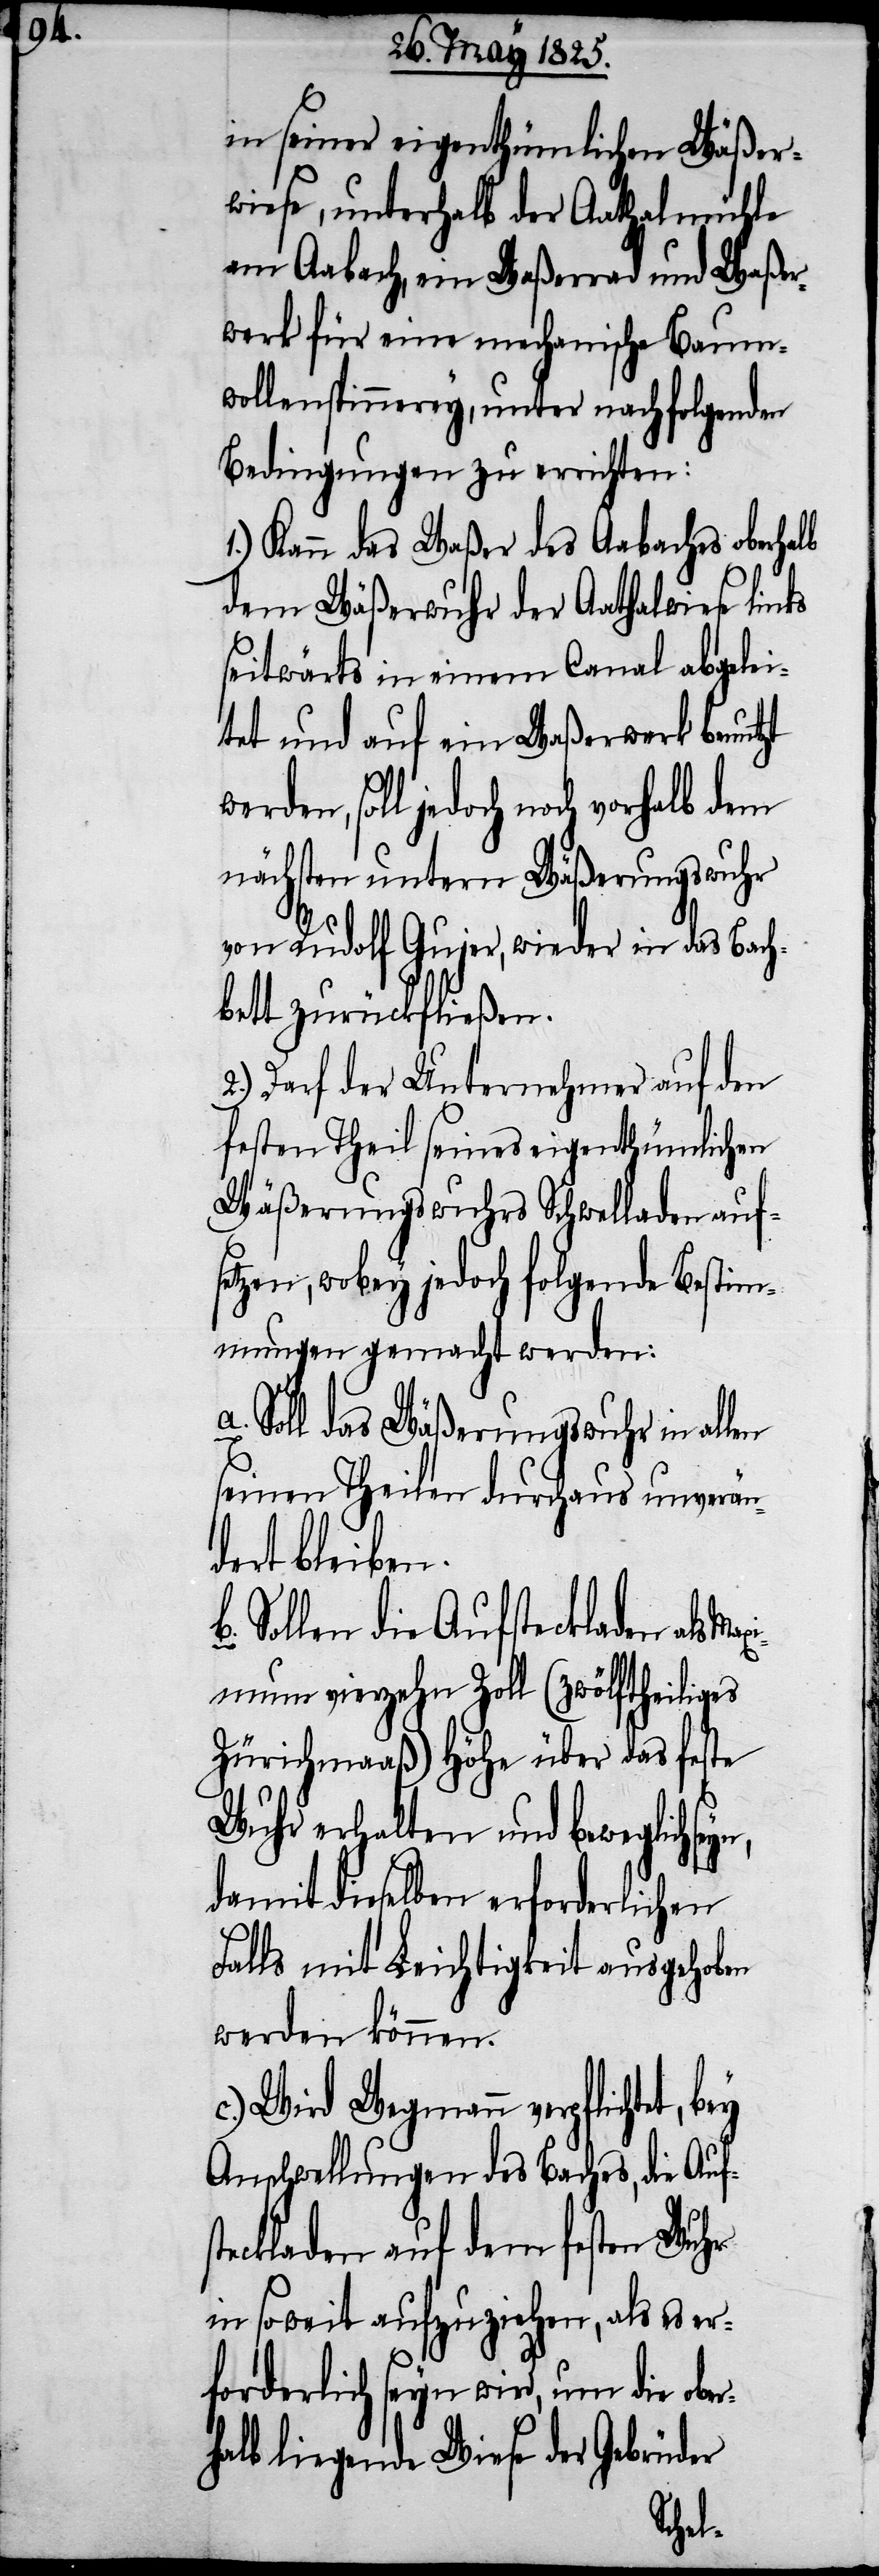
in seiner eigenthümlichen Wäßer¬
wiese, unterhalb der Aathalmühle
am Aabach, ein Waßerrad und Waßer¬
werk für eine mechanische Baum¬
wollspinnerey, unter nachfolgenden
Bedingungen zu errichten:
1.) Kann das Waßer des Aabaches oberhalb
dem Wäßerwuhr der Aathalwiese links
seitwärts in einem Canal abgelei¬
tet und auf ein Waßerwerk benutzt
en, soll jedoch noch vorhalb dem
nächsten untern Wäßerungswuhr
von Rudolf Gujer, wieder in das Bach¬
bett zurückfließen.
2.) Darf der Unternehmer auf den
festen Theil seines eigenthümlichen
Wäßerungswuhrs Schwelladen auf¬
setzen, wobey jedoch folgende Bestim¬
mungen gemacht werden:
Soll das Wäßerungswuhr in allen
seinen Theilen durchaus unverän¬
dert bleiben.
Sollen die Aufsteckladen als M¬
aximum vierzehn Zoll (zwölftheiliges
Zürichmaaß) Höhe über das feste
Wuhr erhalten und beweglich
damit dieselben erforderlichen
Falls mit Leichtigkeit ausgehoben
werden können.
c.) Wird Wegmann verpflichtet,
Anschwellungen des Baches, die Aufs¬
teckladen auf dem festen Wuhr
in soweit aufzuziehen, als es er¬
forderlich seyn wird, um die ob¬
halb liegende Wiese der Gebrüder
er¬